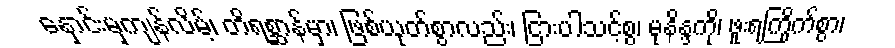
နှောင်းမှကျန်လိမ့်၊ တိရစ္ဆာန်မှာ၊ ဖြစ်ယုတ်စွာလည်း၊ ငြားပါသင့်စွ၊ မုနိန္ဒကို၊ ဖူးရကြိုက်စွာ၊